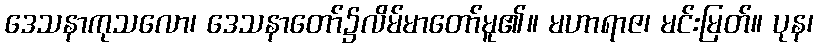
ဒေသနာကုသလော၊ ဒေသနာတော်၌လိမ်မာတော်မူ၏။ မဟာရာဇ၊ မင်းမြတ်။ ပုန၊